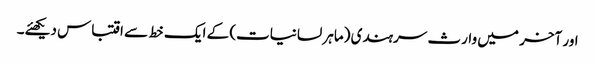
اور آخر میں وارث سرہندی (ماہر لسانیات) کے ایک خط سے اقتباس دیکھئے۔